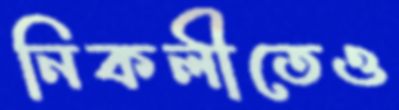
নিকলীতেও